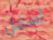
أسفل